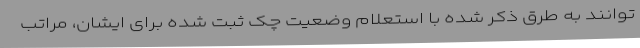
‌توانند به طرق ذکر شده با استعلام وضعیت چک ثبت شده برای ایشان، مراتب